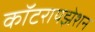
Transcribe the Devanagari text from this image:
कॉटरायझेशन